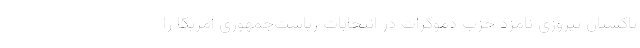
پاکستان پیروزی نامزد حزب دموکرات در انتخابات ریاست‌جمهوری آمریکا را